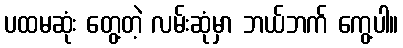
ပထမဆုံး တွေ့တဲ့ လမ်းဆုံမှာ ဘယ်ဘက် ကွေ့ပါ။